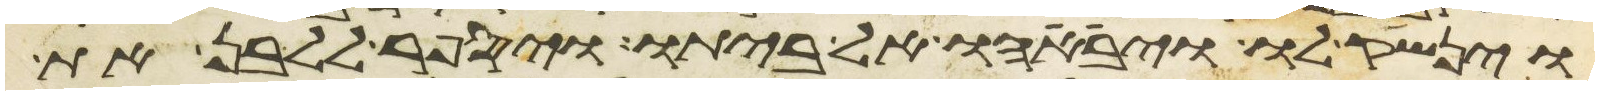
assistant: וינשק לו ויביאהו אל ביתו ויספר ללבן את